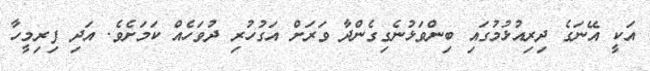
އަކީ އޭނަގެ ދިރިއުޅުމުގައި ބިންވަޅުނެގިގެންދާ ވަރަށް އަގުހުރި ދުވަހެއް ކަމަށެވެ. އަދި ފިރިމީހާ